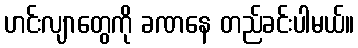
ဟင်းလျာတွေကို ခဏနေ တည်ခင်းပါမယ်။